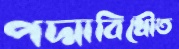
পদ্মাবিধৌত